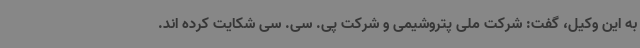
به این وکیل، گفت: شرکت ملی پتروشیمی و شرکت پی. سی. سی شکایت کرده اند.